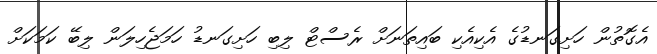
އެގޮތުން ހަށިގަނޑުގެ އެކިއެކި ބައިތަނަށް ރެސްޓް ލިބި ހަށިގަނޑު ހަމަޖެހިލަން ލިބޭ ކަމަކަށް